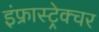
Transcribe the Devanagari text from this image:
इंफ्रास्ट्रेक्चर